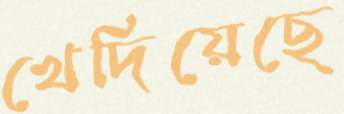
খেদিয়েছে